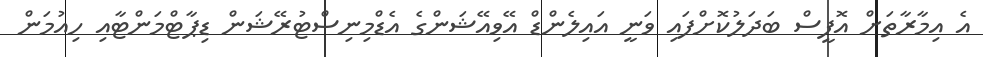
އެ އިމާރާތަށް އޮފީސް ބަދަލުކޮށްފައި ވަނީ އައިލެންޑް އޭވިއޭޝަންގެ އެޑްމިނިސްޓުރޭޝަން ޑިޕާޓްމަންޓާއި ހިއުމަން